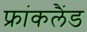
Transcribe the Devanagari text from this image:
फ्रांकलैंड